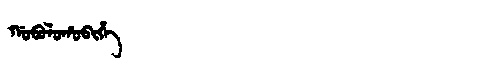
Manchu: ᡤᠣᠪᠣᠯᠣᡥᠣᠪᡳᡥᡝ
Romanization: GOBOLOHOBIHE